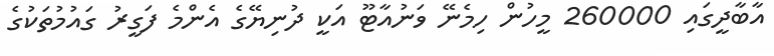
އާބާދީގައި 260000 މީހުން ހިމެނޭ ވަނުއާޓޫ އަކީ ދުނިޔޭގެ އެންމެ ފަގީރު ގައުމުތަކުގެ